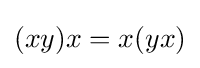
(xy)x=x(yx)